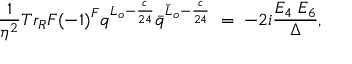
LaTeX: \frac { 1 } { \eta ^ { 2 } } { T r _ { R } } F { ( - 1 ) } ^ { F } q ^ { L _ { o } - \frac { c } { 2 4 } } { \bar { q } } ^ { { \bar { L } } _ { o } - \frac { c } { 2 4 } } \; = \; - 2 i \frac { E _ { 4 } \; E _ { 6 } } { \Delta } ,